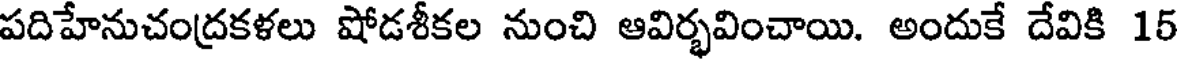
పదిహేనుచంద్రకళలు షోడశీకల నుంచి ఆవిర్భవించాయి. అందుకే దేవికి 15